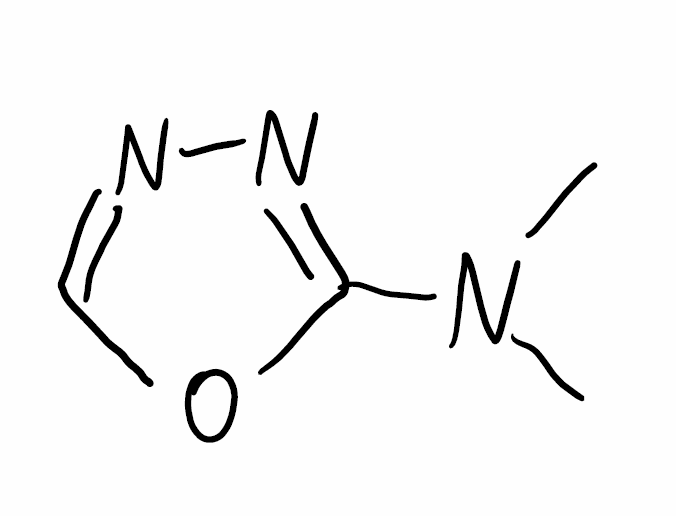
Simplified molecular-input line-entry system (SMILES) notation of the given molecule:
CN(C)C1=NN=CO1